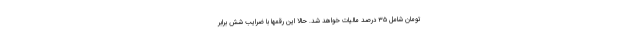
تومان شامل ۳۵ درصد مالیات خواهد شد. حالا این رقمها با ضرایب شش برابر